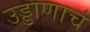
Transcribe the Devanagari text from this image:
उड्डाणाचं